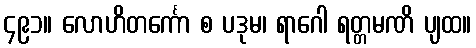
၄၉၁။ လောဟိတင်္ကော စ ပဒုမ၊ ရာဂေါ ရတ္တမဏိ ပျထ။